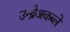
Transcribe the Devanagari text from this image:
उन्ब्रेअकब्ले